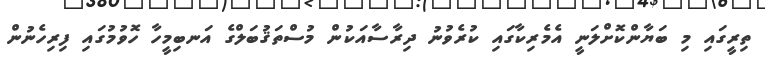
ތިރީގައި މި ބަޔާންކޮށްލަނީ އެމެރިކާގައި ކުރެވުނު ދިރާސާއަކުން މުސްތަޤުބަލްގެ އަނބިމީހާ ހޮވުމުގައި ފިރިހެނުން